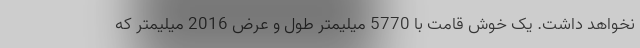
نخواهد داشت. یک خوش قامت با 5770 میلیمتر طول و عرض 2016 میلیمتر که